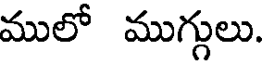
ములో ముగ్గులు.